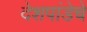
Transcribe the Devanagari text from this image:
देशपांडेचे